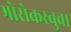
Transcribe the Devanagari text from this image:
भोसेकरबुवा